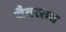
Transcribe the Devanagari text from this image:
वैवस्तव